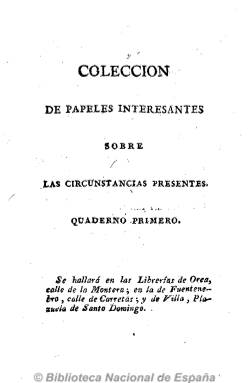
Título: Colección de papeles interesantes sobre las circunstancias presentes
Colección: Periódicos anteriores a 1850
Ámbito geográfico: Madrid
Lugar de publicación: Madrid
Fechas: 01/01/1808-31/12/1808

Según su editor, son “copias a la letra” de los publicados en las gazetas y diarios de provincias “y de aquellos que lejos de ofender [a] las legítimas Autoridades solo sirven para la instrucción del público”. En esta compilación se reimprimen, en cuadernos que se acercan al centenar de páginas cada uno, proclamas, bandos, manifiestos de las juntas locales y de la suprema, y del propio Supremo Consejo de Castilla y de Fernando VII, de jefes militares españoles (como Palafox) e ingleses ante la invasión de España de las tropas imperiales napoleónicas en 1808, así como pastorales de obispos y del propio papa Pío VII a los católicos españoles, discursos, cartas, refutaciones a impresos editados en Bayona y París, reflexiones políticas, artículos, crónicas bélicas y hasta poesías y sátiras, que anteriormente han sido publicados en la prensa periódica de provincias o en papeles sueltos y panfletos, muchos de ellos de una hoja, dirigidos a los patriotas españoles para animarles a luchar contra el ejército invasor. Se trata de documentos originales no extractados. Su carácter es fernandino y católico y de claro objetivo de afirmación nacional. Impresos en 1808 por Fuentenebro y Compañía, el compilador aparece bajo las iniciales J.A.M., y al comienzo de cada cuaderno suele redactar algunas notas introductorias. Cada cinco cuadernos redacta un índice. La colección incluye el impreso titulado Justo juicio de la persona y acciones de Bonaparte, que le dirigió el ciudadano francés Mr. De Dubrevill, tirado aparte por Fuentenebro.